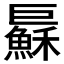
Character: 𢀱